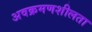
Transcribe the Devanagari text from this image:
अवक्रमणशीलता